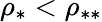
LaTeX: \rho_{*}<\rho_{**}